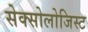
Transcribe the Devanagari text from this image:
सेक्सोलोजिस्ट